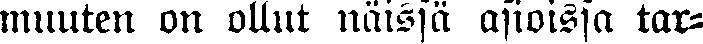
muuten on ollut näissä asioissa tar-